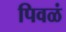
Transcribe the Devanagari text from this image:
पिवळं